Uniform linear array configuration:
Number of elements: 32
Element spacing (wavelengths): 1
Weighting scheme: uniform
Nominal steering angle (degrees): -30
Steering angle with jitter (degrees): -30.401
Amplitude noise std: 0.05
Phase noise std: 0.05

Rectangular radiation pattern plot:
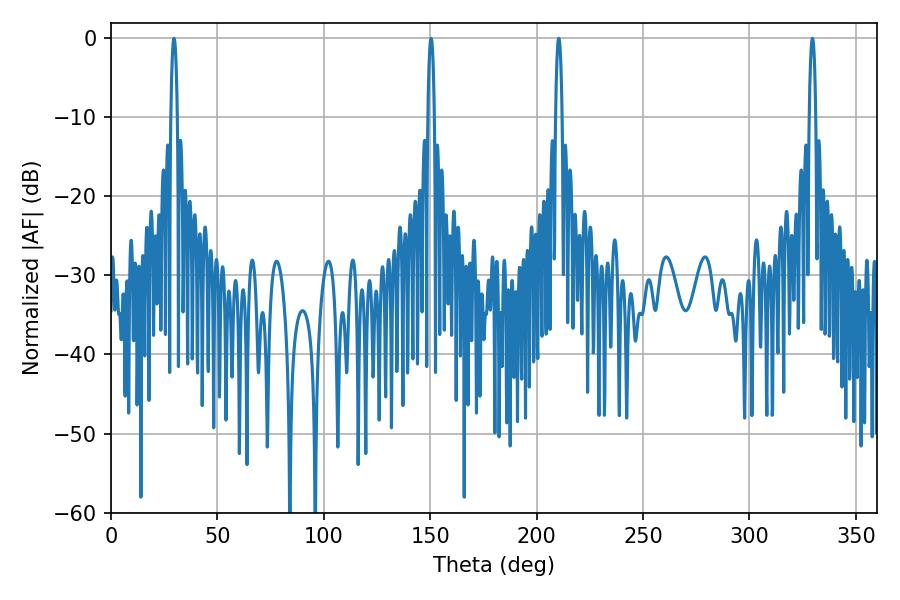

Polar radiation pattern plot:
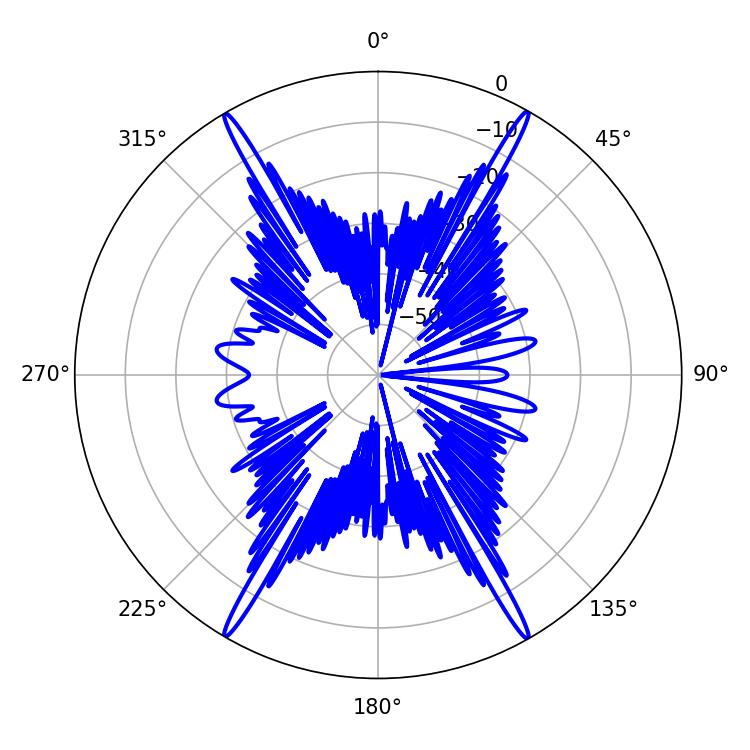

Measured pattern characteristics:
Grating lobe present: TRUE
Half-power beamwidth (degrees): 1.8
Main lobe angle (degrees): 210.42